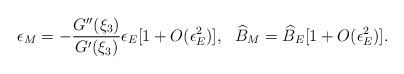
LaTeX: \begin{align*}\epsilon_M = -\frac{G''(\xi_3) }{ G'(\xi_3)} \epsilon_E [1+O(\epsilon_E^2)], \ \ \widehat{B}_M = \widehat{B}_E [1+ O(\epsilon_E^2)].\end{align*}